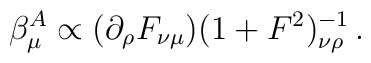
\beta _{\mu }^{A}\propto (\partial _{\rho }F_{\nu \mu })(1+F^{2})^{-1}_{\nu \rho }\,.